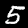
Digit: 5